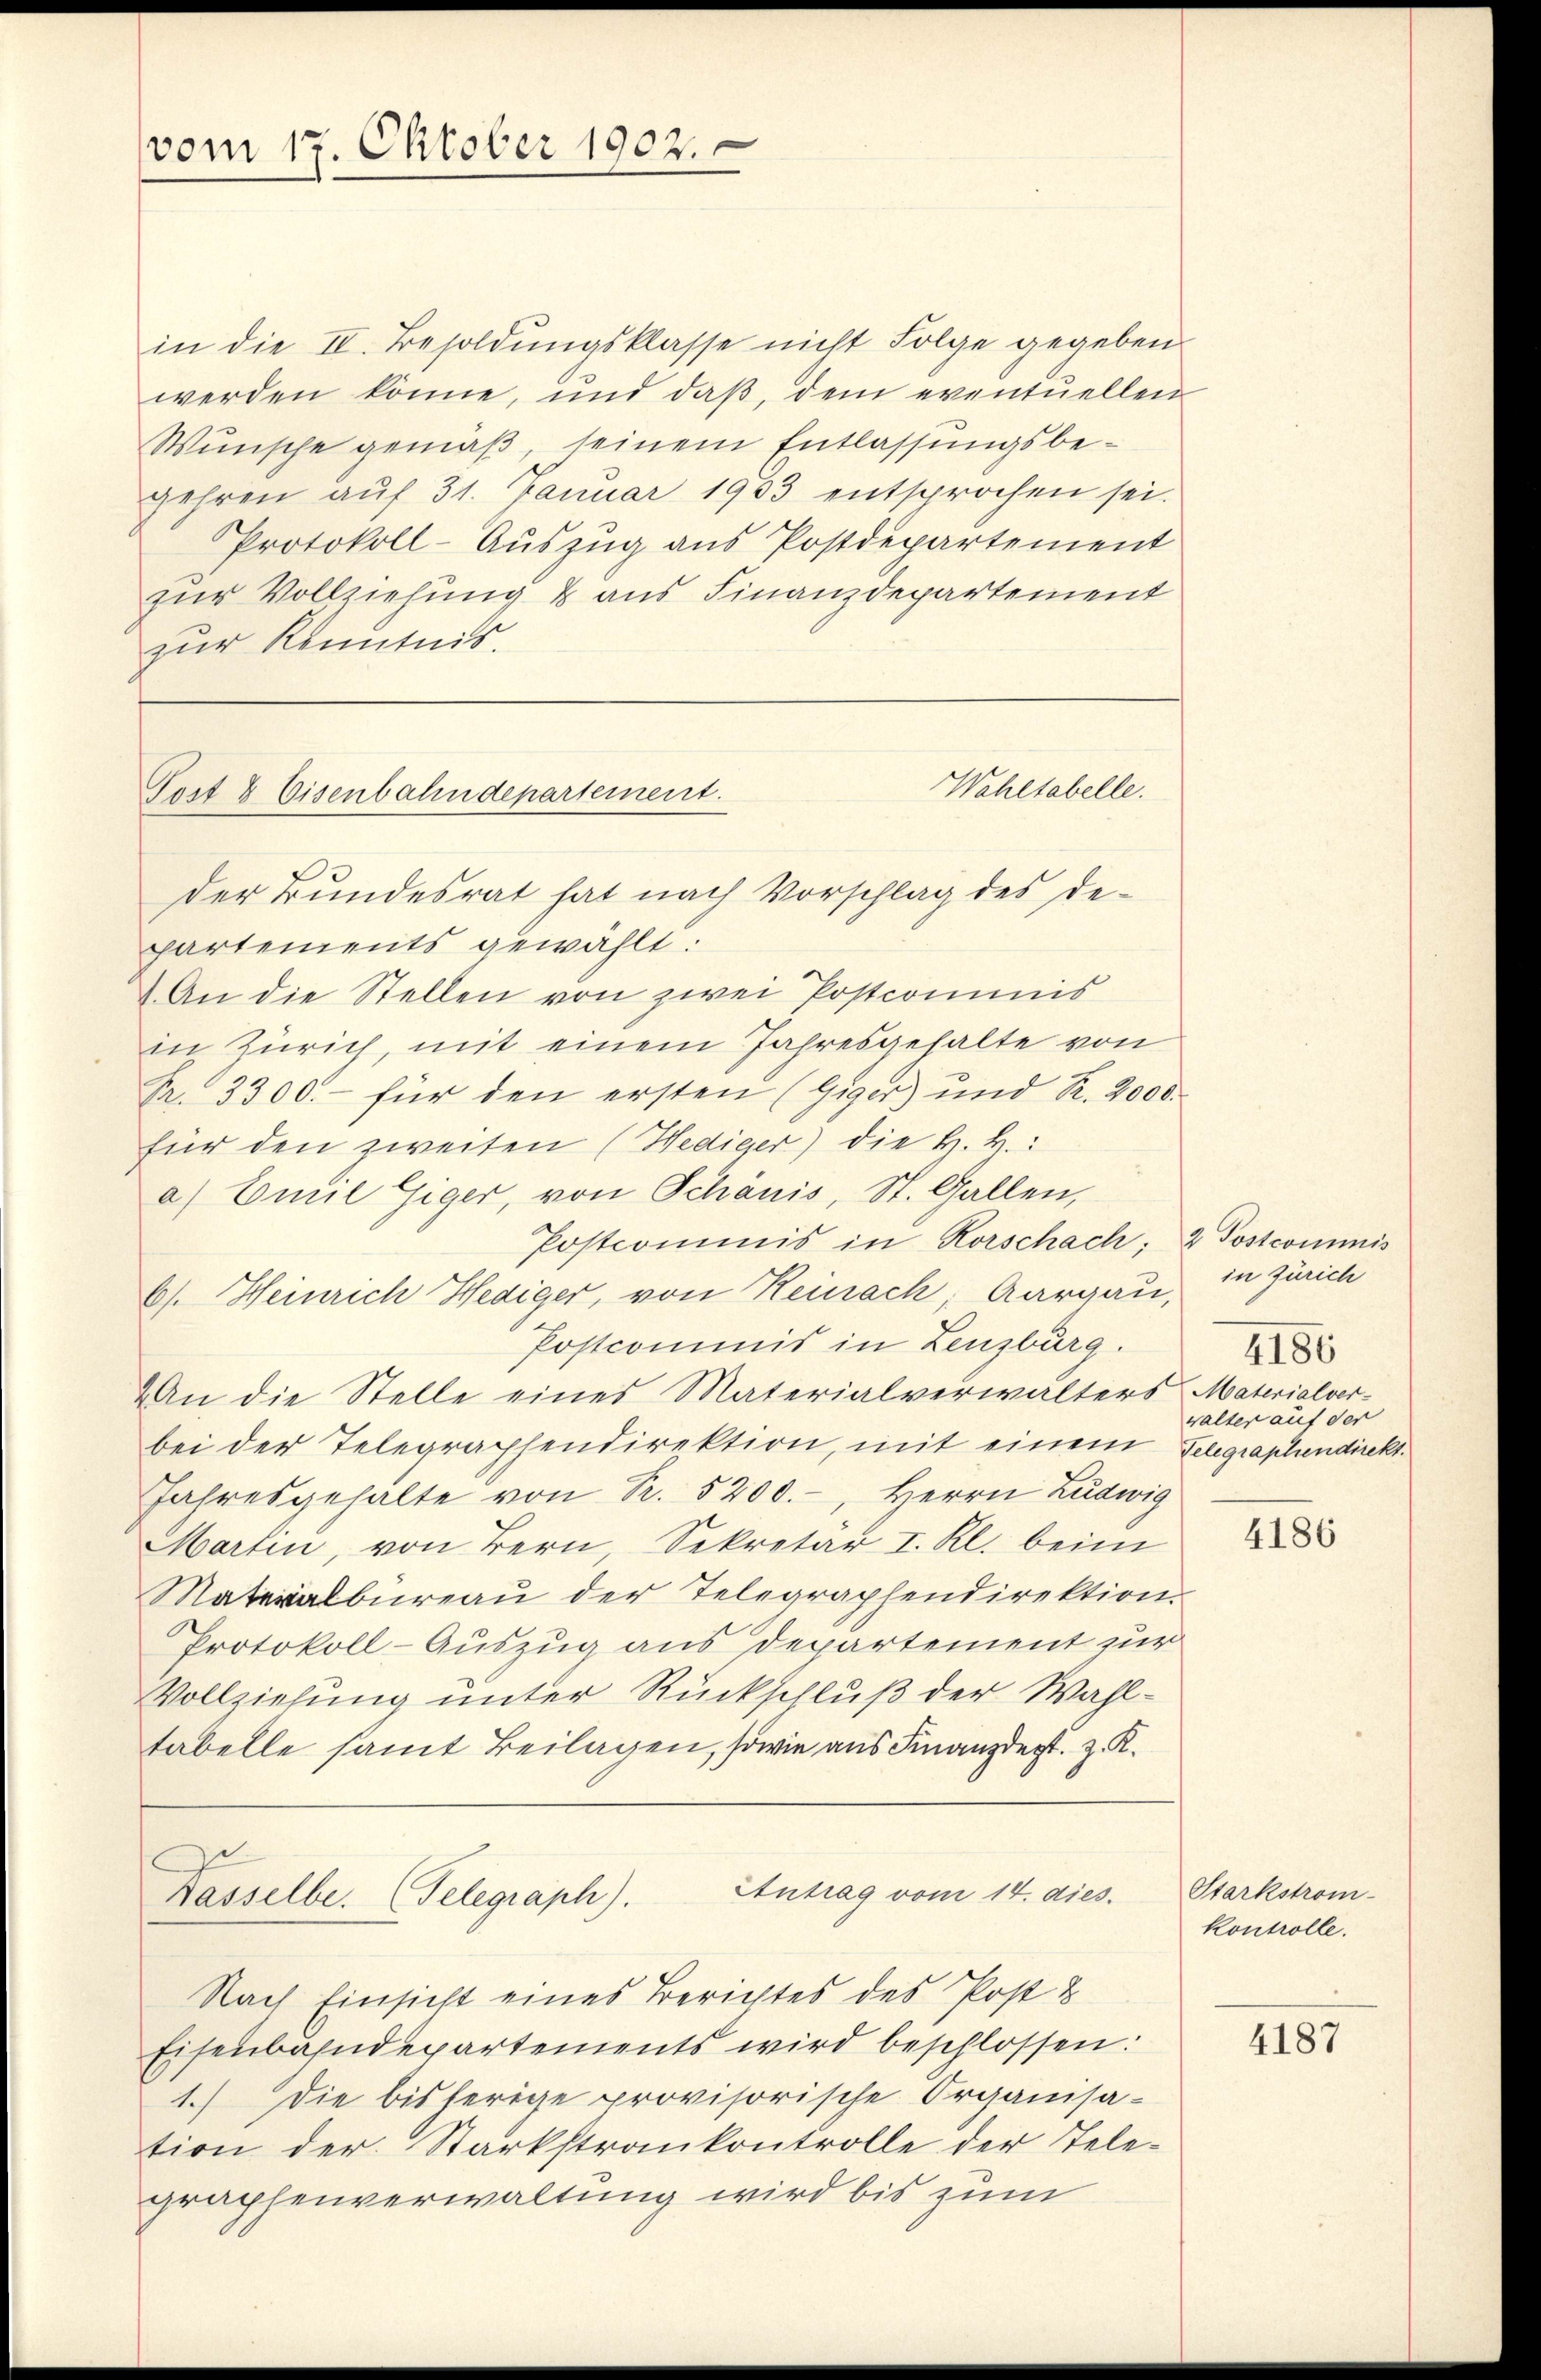
vom 17. Oktober 1902.

in die II. Besoldungsklasse nicht Folge gegeben
werden könne, und daß, dem eventuellen
Wunsche gemäß, seinem Entlassungsbegehren aŭf 31. Januar 1933 entsprochen sei.
Protokoll-Aŭszŭg ans Postdepartement
zur Vollziehung & aus Finanzdepartement
zur Kenntnis.
Wahltabelle.
der Bundesrat hat nach Vorschlag des Departements gewählt:
An die Stellen von zwei Postcommis
in Zürich, mit einem Jahresgehalte von
Fr. 3300.- für den ersten (Giger) und R. 2000.
für den zweiten (Hediger) die H. B.:
a) Emil Giger, von Schönis, St. Gallen,
Postcommis in Rorschach, 2 Postcommis
b). Heinrich Hediger, von Reinach, Aargau,
Postcommis in Lenzburg.
An die Stelle eines Materialverwalters Materialver-
bei der Telegraphendirektion, mit einem Telegraphendirekt
Jahresgehalte von S. 5200.-, Herrn Ludwig
Marten, von Bern, Sekretär I. Kl. beim
Materialbüreaŭ der Telegraphendirektion.
Protokoll-Auszug aus Departement zur
Vollziehung unter Rückschluß der Wahltabelle samt Beilagen, sowie aus Finanzdert, z. R.
Antrag vom 14. dies. Starkstrom-
Dasselbe. (Telegraph).
Nach Einsicht eines Berichtes des Post &
Eisenbahndepartements wird beschlossen:
1.) Die bisherige provisorische Organisa-
tion der Starkstrankontrolle der Tele-
graphenverwaltung wird bis zum

Tost & Eisenbahndepartement.

in Zürich
walter auf der

4186

4186

kontrolle.

4187